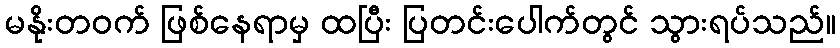
မနိုးတဝက် ဖြစ်နေရာမှ ထပြီး ပြတင်းပေါက်တွင် သွားရပ်သည်။